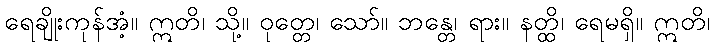
ရေချိုးကုန်အံ့။ ဣတိ၊ သို့။ ဝုတ္တေ၊ သော်။ ဘန္တေ၊ ရား။ နတ္ထိ၊ ရေမရှိ။ ဣတိ၊